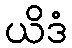
ယိဒံ